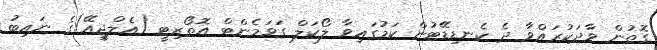
ގޮތުން ވާދަކުރައްވާ ދެ ކެނޑިޑޭޓުން ކަމުގައިވާ ލޯކަލް ގަވަމެންޓް އޮތޯރިޓީ (އެލްޖީއޭ)ގެ ނައިބު